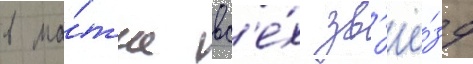
в ма́тче вс'е́х зв'ё́зд